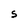
Character: S